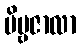
ဗိမ္ဗဇာလာ